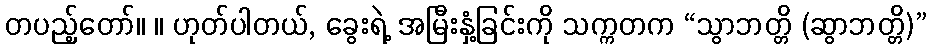
တပည့်တော်။ ။ ဟုတ်ပါတယ်, ခွေးရဲ့ အမြီးနှံ့ခြင်းကို သက္ကတက “သွာဘတ္တိ (ဆွာဘတ္တိ)”